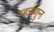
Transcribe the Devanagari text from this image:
म्हनणुन